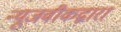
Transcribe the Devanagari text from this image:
न्यूजवीकद्वारा